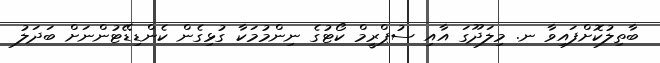
ބާތިލުކޮށްފައިވާ ނ. މިލަދޫގަ އާއި ސުޕްރީމް ކޯޓުގެ ނިންމުމަކާ ގުޅިގެން ކެންޑިޑޭޓުންނަށް ބަދަލު